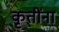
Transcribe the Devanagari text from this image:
कृतींना